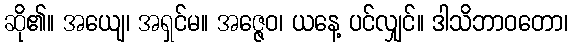
ဆို၏။ အယျေ၊ အရှင်မ။ အဇ္ဇေဝ၊ ယနေ့ ပင်လျှင်။ ဒါသိဘာဝတော၊